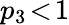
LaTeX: p_{3}\! <\! 1